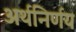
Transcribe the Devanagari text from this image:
अर्थनिर्णय